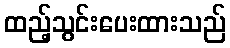
ထည့်သွင်းပေးထားသည်